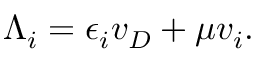
\Lambda _ { i } = \epsilon _ { i } v _ { D } + \mu v _ { i } .